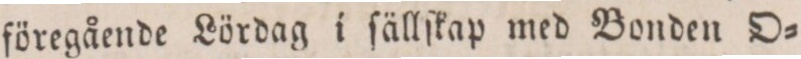
föregående Lördag i ſällſkap med Bonden O=